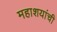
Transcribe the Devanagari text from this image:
महाशयांची